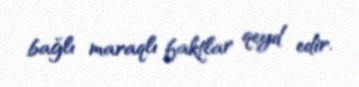
bağlı maraqlı faktlar qeyd edir.